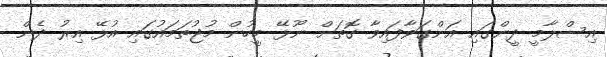
އިސްލާމީ ދީންގައި އަންގަވާފައިވާ ގޮތަށް ނޫޅޭ މީހުން މުޖުތަމައުގައި އުޅޭ އިރު ދެން